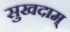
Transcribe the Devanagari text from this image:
सुखदाम्